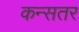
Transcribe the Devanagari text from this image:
कन्सतर